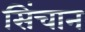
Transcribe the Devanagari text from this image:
सिंचान